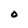
Character: O